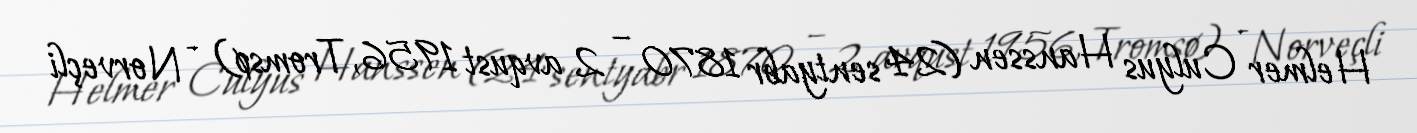
Helmer Culyus Hanssen (24 sentyabr 1870 – 2 avqust 1956, Tromsø) - Norveçli